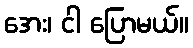
အေး၊ ငါ ပြောမယ်။